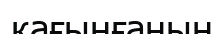
қағынғанын